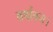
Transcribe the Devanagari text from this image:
वर्षावन।